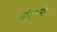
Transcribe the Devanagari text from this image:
पंचानी